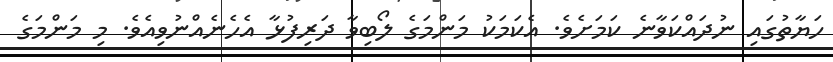
ހަޔާތުގައި ނުދައްކަވާނެ ކަމަށެވެ. އެކަމަކު މަންމަގެ ލޯބިވާ ދަރިފުޅާ އެހެނެއްނުވިއެވެ. މި މަންމަގެ